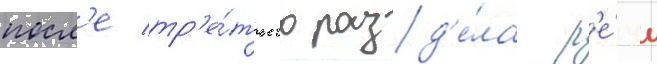
посл'е тр'е́тьего разд'е́ла р'е́чи